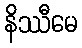
နိဿီမေ